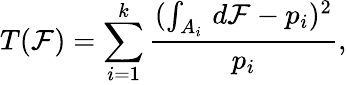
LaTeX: T(\mathcal{F})=\sum_{i=1}^{k}{\frac{{(\int_{A_{i}}\, d\mathcal{F}-p_{i})^{2}}}{{p_{i}}}},